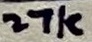
Text: 27k